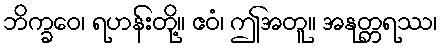
ဘိက္ခဝေ၊ ရဟန်းတို့။ ဧဝံ၊ ဤအတူ။ အနုတ္တရဿ၊